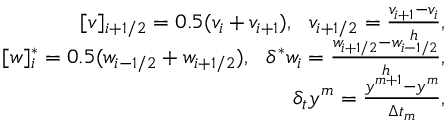
\begin{array} { r } { [ v ] _ { i + 1 / 2 } = 0 . 5 ( v _ { i } + v _ { i + 1 } ) , \ \ v _ { i + 1 / 2 } = \frac { v _ { i + 1 } - v _ { i } } { h } , } \\ { [ w ] _ { i } ^ { * } = 0 . 5 ( w _ { i - 1 / 2 } + w _ { i + 1 / 2 } ) , \ \ \delta ^ { * } w _ { i } = \frac { w _ { i + 1 / 2 } - w _ { i - 1 / 2 } } { h } , } \\ { \delta _ { t } y ^ { m } = \frac { y ^ { m + 1 } - y ^ { m } } { \Delta t _ { m } } , } \end{array}